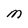
Character: M